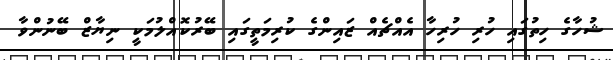
ޝުހާގެ ހިތުގައި ހުރި ހުރިހާ އެއްޗެއް ޒައިންގެ ކުރިމަތީގައި ބޭރުކޮއްލުމަކީ ނިޔާޒް ބޭނުންވާ